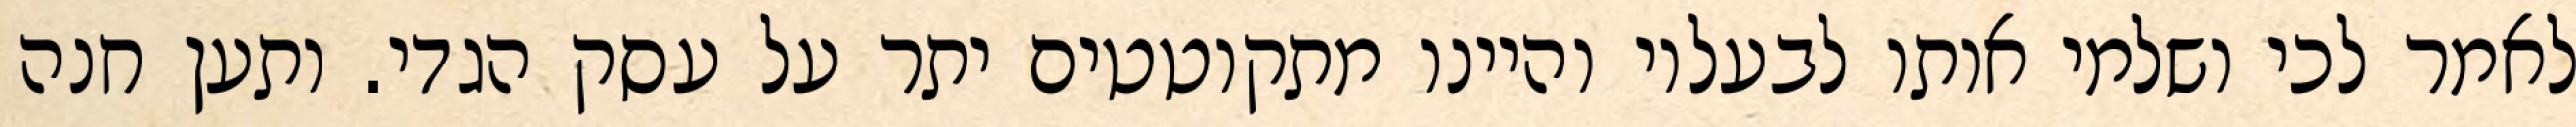
לאמר לכי ושלמי אותו לבעליו והיינו מתקוטטים יתר על עסק הגדי. ותען חנה